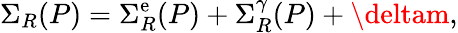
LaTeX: \Sigma_{R}(P)=\Sigma_{R}^{\mathrm{e}}(P)+\Sigma_{R}^{\gamma}(P)+\deltam,